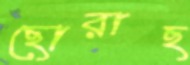
ছোরাছ